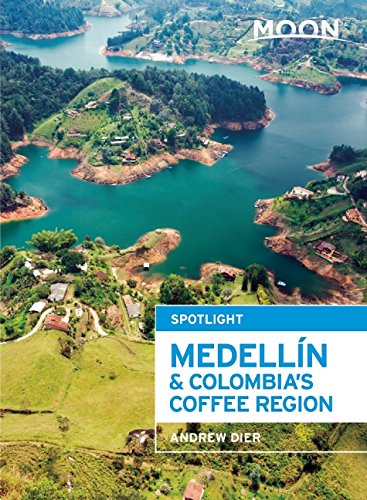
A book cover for Moon Spotlight MedellÃ­n & Colombia's Coffee Region; Andrew Dier; Travel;